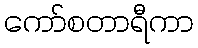
ကော်စတာရီကာ